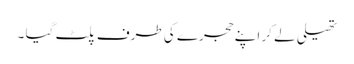
تھیلی لے کر اپنے حجرے کی طرف پلٹ گیا ۔